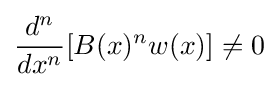
{\frac {d^{n}}{dx^{n}}}\!\left[B(x)^{n}w(x)\right]\neq 0